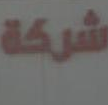
شركة